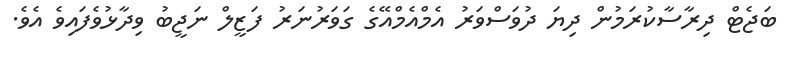
ބަޖެޓް ދިރާސާކުރަމުން ދިޔަ ދުވަސްވަރު އެމްއެމްއޭގެ ގަވަރުނަރު ފަޒީލް ނަޖީބު ވިދާޅުވެފައިވެ އެވެ.